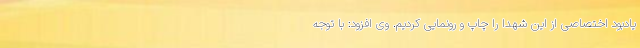
یادبود اختصاصی از این شهدا را چاپ و رونمایی کردیم. وی افزود: با توجه